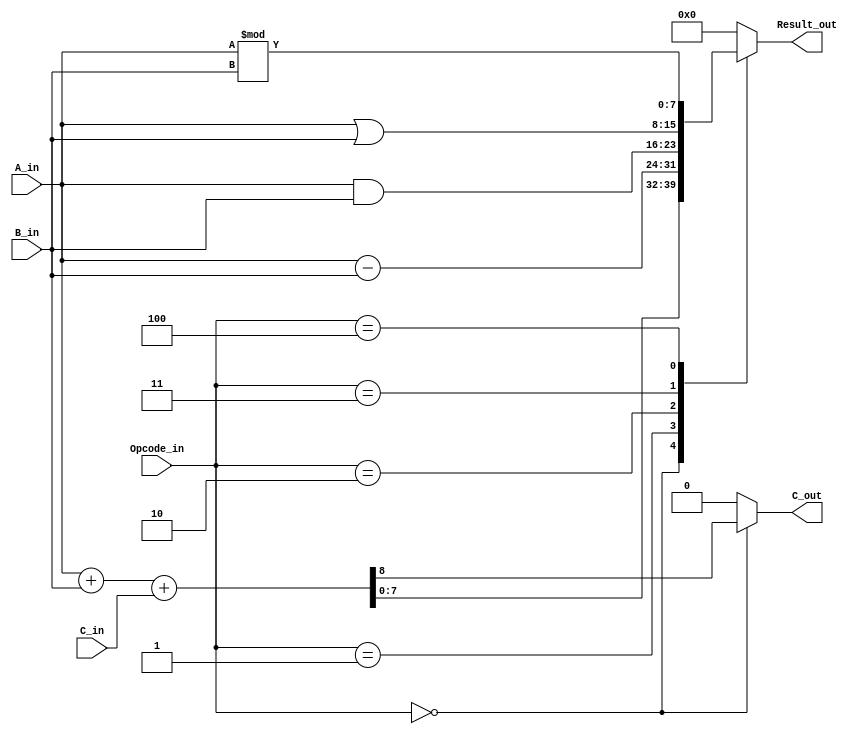
module alu8b (input wire [7:0] A_in,
              input wire [7:0] B_in,
              input wire       C_in,
              input wire [2:0] Opcode_in,
              output wire [7:0] Result_out,
              output wire       C_out);

  reg [7:0] reg_result;
  reg reg_cout;
  wire [7:0] temp_sum;
  wire temp_cout;

  assign Result_out = reg_result;
  assign C_out = reg_cout;

  assign {temp_cout, temp_sum} = A_in + B_in + C_in;

  always @ ( * ) begin
  reg_cout = 1'b0;  //default carry out
    case (Opcode_in)
      3'b000: // A+B+Cin
              begin
                reg_cout = temp_cout;
                reg_result = temp_sum;
              end
      3'b001: // A-B
              reg_result =  A_in - B_in;
      3'b010: // A & B
              reg_result = A_in & B_in;
      3'b011: // A|B
              reg_result = A_in | B_in;
      3'b100: // A % B
              reg_result = A_in % B_in;
      default:
              reg_result = 8'b0;
    endcase
  end
endmodule